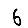
Digit: 6